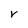
Character: V